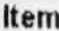
ITEM